Report on vaccination North-West Frontier Province 1904-1922 - 1904-1922
Year: 1904
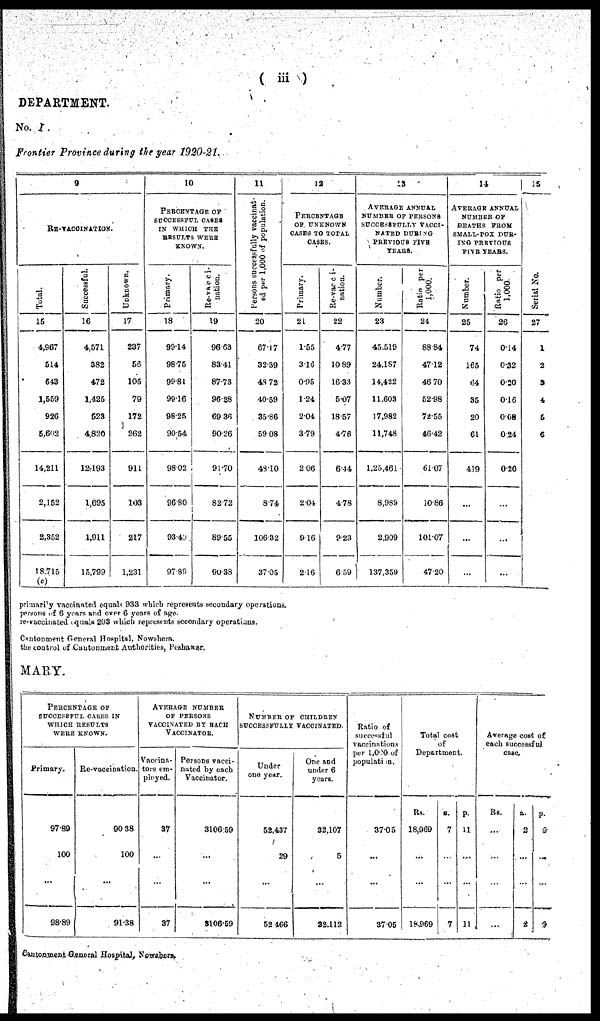
( iii)
DEPARTMENT.
No. I.
Frontier Province during the year 1920-21.
9
RE-VACCINATION.
Total.
15
4,967
514
643
1,559
926
5,602
14,211
2,152
2,352
18,715
(c)
Successful.
16
4,571
382
472
1,425
523
4,820
12,193
1,695
1,911
15,799
Unknown.
17
237
56
105
79
172
262
911
103
217
1,231
10
PERCENTAGE OF
SUCCESSFUL CASES
IN WHICH THE
RESULTS WERE
KNOWN.
Primary.
18
99.14
98.75
99.81
99.16
98.25
90.54
98.02
96.80
93.49
97.89
Re-vacci¬
nation.
19
96.63
83.41
87.73
96.28
69.36
90.26
91.70
82.72
89.55
90.38
11
Persons successfully vaccinat-
ed per 1,000 of population.
20
67.17
32.39
43.72
40.59
35.86
59.08
48.10
8.74
106.32
37.05
12
PERCENTAGE
OF UNKNOWN
CASES TO TOTAL
CASES.
Primary.
21
1.55
3.16
0.95
1.24
2.04
3.79
2.06
2.04
9.16
2.16
Re-vacci¬
nation.
22
4.77
10.89
16.33
5.07
18.57
4.76
6.44
4.78
9.23
6.59
13
AVERAGE ANNUAL
NUMBER OF PERSONS
SUCCESSFULLY VACCI-
NATED DURING
PREVIOUS FIVE
YEARS.
Number.
23
45,519
24.187
14,422
11,603
17,982
11,748
1,25,461
8,989
2,909
137,359
Ratio per
1,000.
24
88.84
47.12
46.70
52.98
72.55
46.42
61.07
10.86
101.07
47.20
14
AVERAGE ANNUAL
NUMBER OF
DEATHS FROM
SMALL-POX DUR¬
ING PREVIOUS
FIVE YEARS.
Number.
25
74
165
64
35
20
61
419
...
...
...
Ratio per
1,000.
26
0.14
0.32
0.20
0.16
0.68
0.24
0.20
...
...
...
15
Serial No.
27
1
2
3
4
5
6
primarily vaccinated equals 933 which represents secondary operations.
persons of 6 years and over 6 years of age.
re-vaccinated equals 203 which represents secondary operations.
Cantonment General Hospital, Nowshera.
the control of Cantonment Authorities, Peshawar.
MARY.
PERCENTAGE OF
SUCCESSFUL CASES IN
WHICH RESULTS
WERE KNOWN.
Primary.
97.89
100
...
98.89
Re-vaccination.
90.38
100
...
91.38
AVERAGE NUMBER
OF PERSONS
VACCINATED BY EACH
VACCINATOR.
Vaccina¬
tors em-
ployed.
37
...
...
37
Persons vacci-
nated by each
vaccinator.
3106.59
...
...
3106.59
NUMBER OF CHILDREN
SUCCESSFULLY VACCINATED.
Under
one year.
52,437
29
...
52,466
One and
under 6
years.
32,107
5
...
32,112
Ratio of
successful
vaccinations
per 1,000 of
population.
37.05
...
....
37.05
Total cost
of
Department.
Rs.
18,969
...
...
18,969
a.
7
...
...
7
p.
11
...
....
11
Average cost of
each successful
case.
Rs.
...
...
...
...
a.
2
...
...
2
p.
9
...
...
2
Cantonment General Hospital, Nowshera.